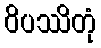
ဝိပဿိတုံ